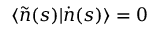
\langle \widetilde { n } ( s ) | \dot { n } ( s ) \rangle = 0